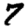
Digit: 7